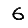
Digit: 6